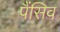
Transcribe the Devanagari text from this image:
पैंसिव